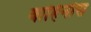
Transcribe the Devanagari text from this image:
वाहिनीस